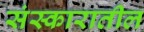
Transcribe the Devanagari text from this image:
संस्कारातील